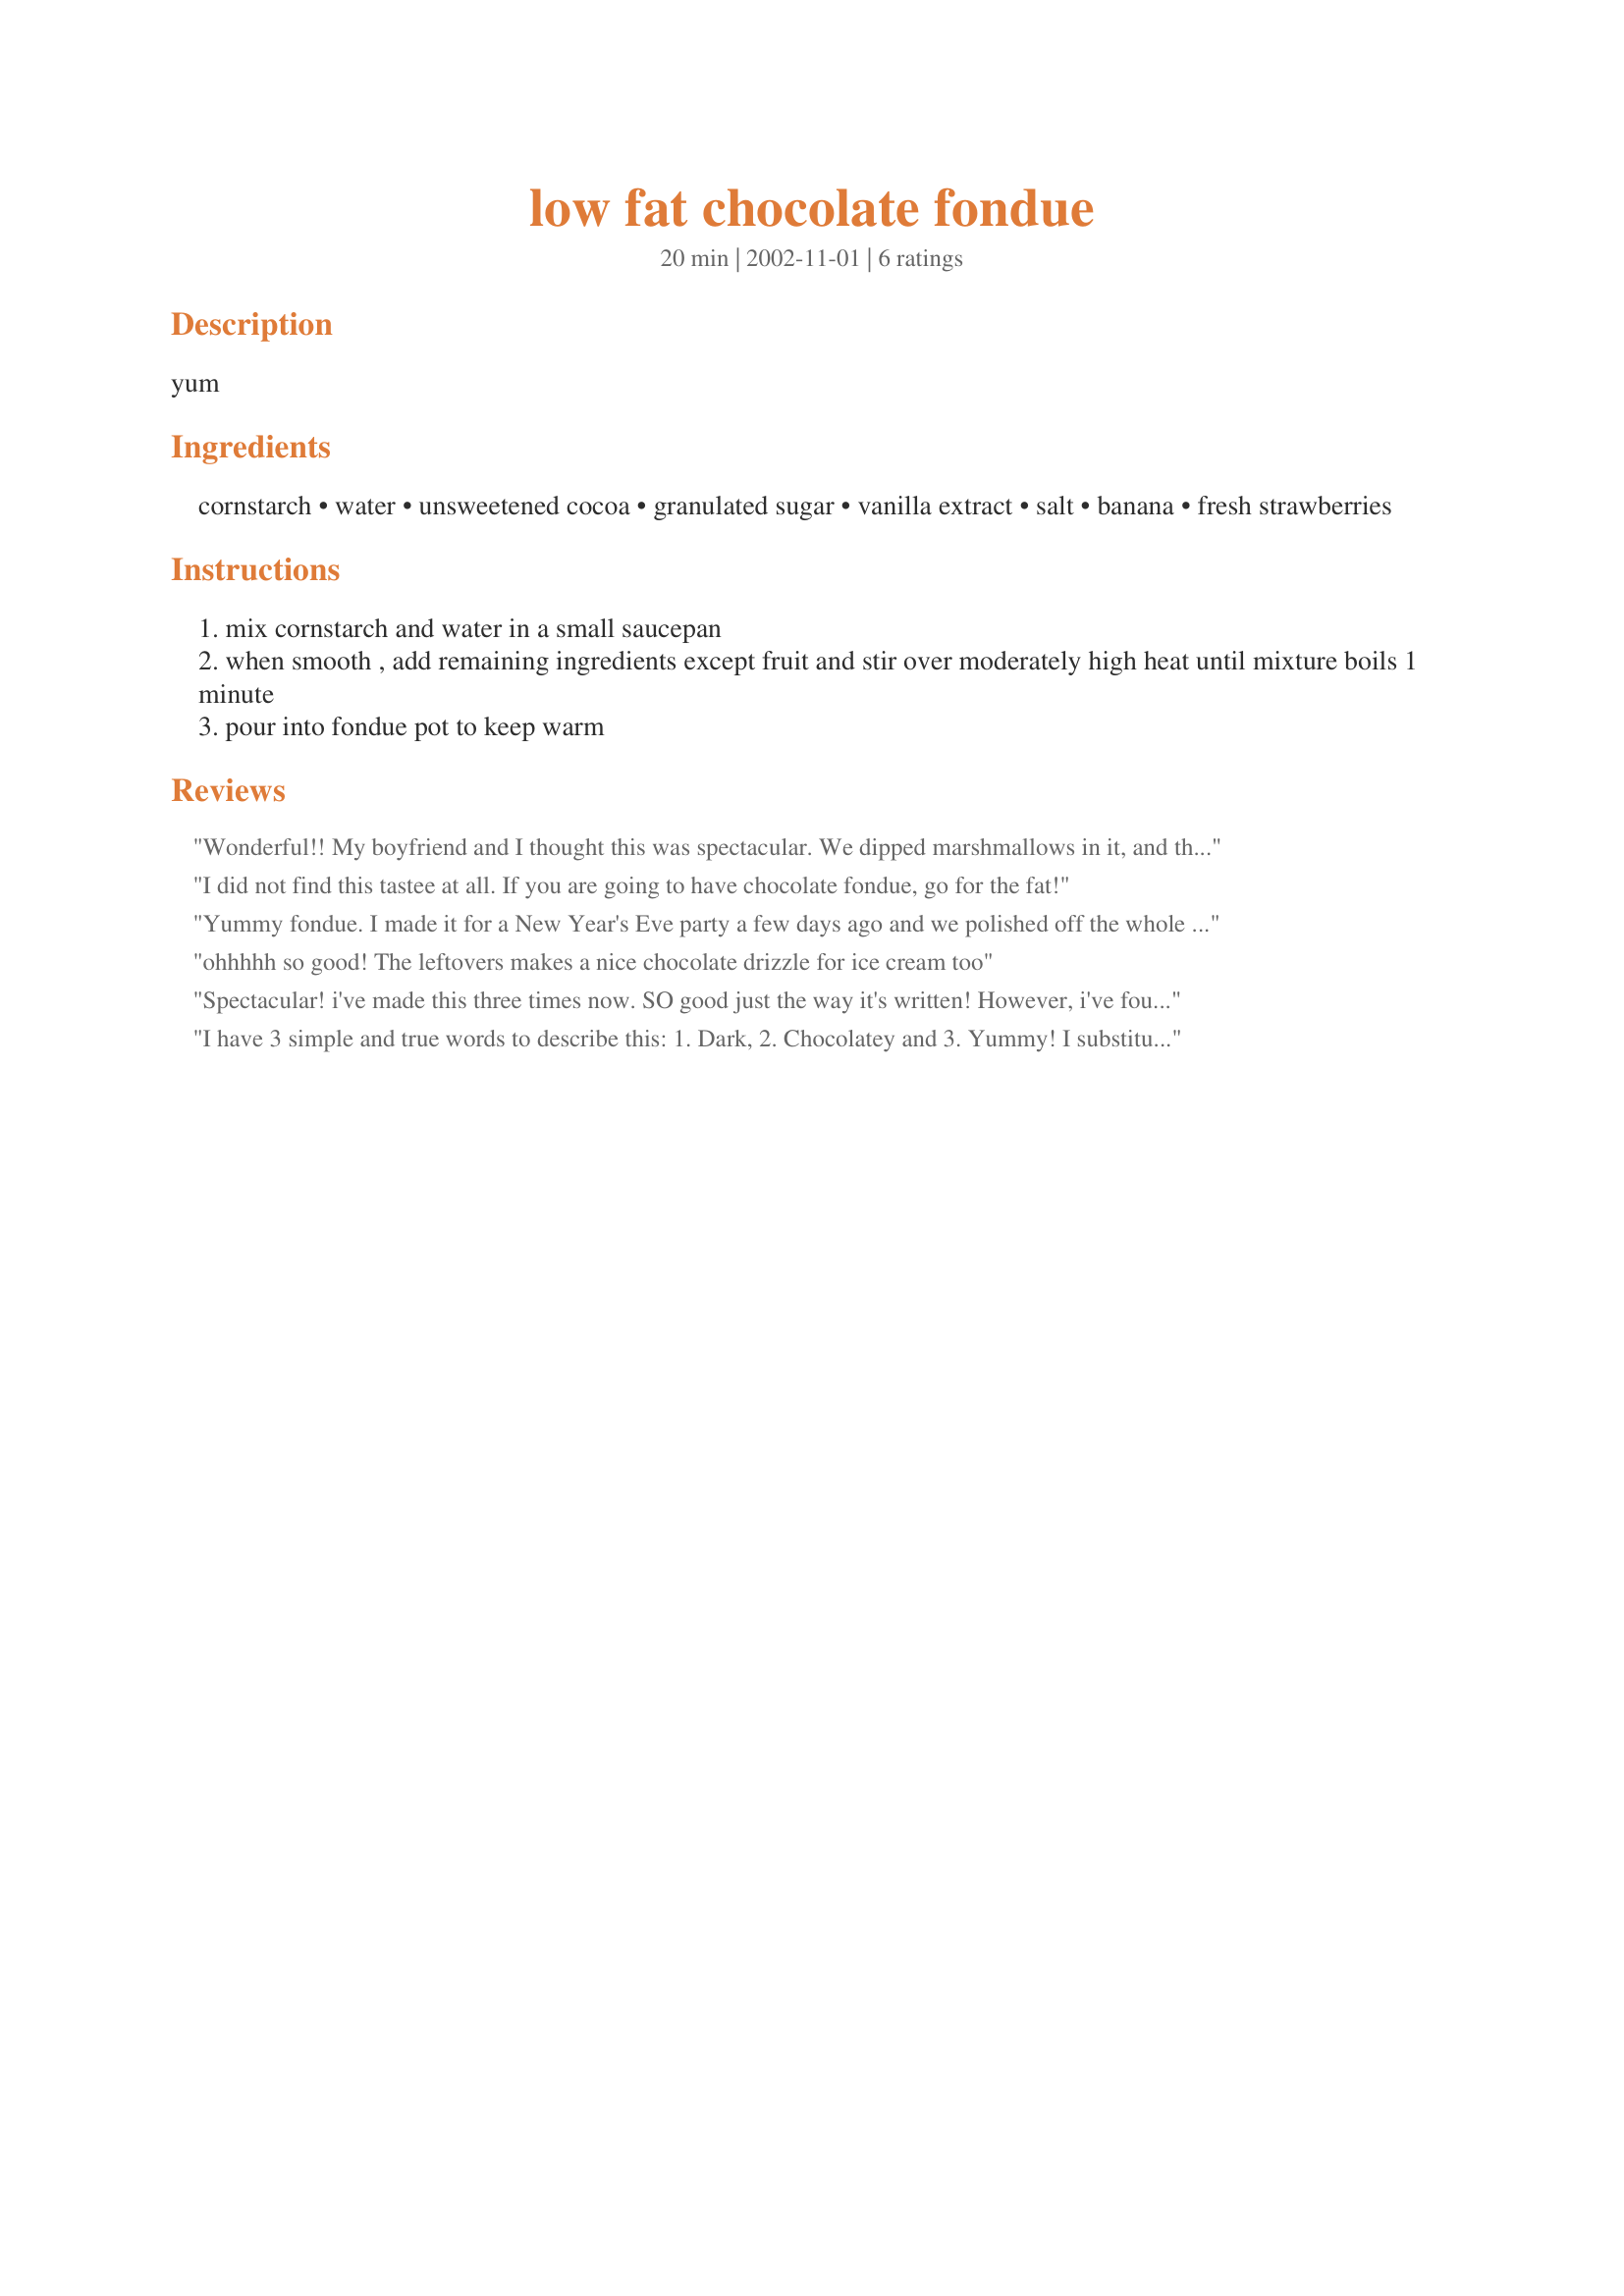
low fat chocolate fondue
Preparation time: 20 minutes

yum

Ingredients:
cornstarch, water, unsweetened cocoa, granulated sugar, vanilla extract, salt, banana, fresh strawberries

Steps:
mix cornstarch and water in a small saucepan
when smooth , add remaining ingredients except fruit and stir over moderately high heat until mixture boils 1 minute
pour into fondue pot to keep warm

Reviews:
Wonderful!! My boyfriend and I thought this was spectacular. We dipped marshmallows in it, and then made s'mores! Thanks so much for the recipe.
I did not find this tastee at all. If you are going to have chocolate fondue, go for the fat!

Yummy fondue. I made it for a New Year's Eve party a few days ago and we polished off the whole pot. I did make it with skim milk because my test run a couple of days before tasted watery, but then I subbed Splenda for the sugar to cut the calories back down. We ate it with apples, bananas, clementines and marshmallows. Really excellent recipe.
ohhhhh so good! The leftovers makes a nice chocolate drizzle for ice cream too
Spectacular! i've made this three times now. SO good just the way it's written! However, i've found that if i use 1 T. of cornstarch it thickens much more and it sticks better to whatever we're dipping. Also, if you're dipping something that's not as sweet you might want to increase the sugar by 1/4 c. or so. But, if you're dipping sweet stuff, it's perfect with 1/4 c. sugar. Thanks for the recipe paula!
I have 3 simple and true words to describe this: 
1. Dark, 2. Chocolatey and 3. Yummy!
I substituted the cornstarch with cornflour. I stirred the 6 ingredients mixture until it began to boil and thicken.
I made this for dessert this afternoon and served it with freshly cut up bananas. My brother who is real fussy about food, rolled his tongue countless times around his lips and asked for more:)
Thank You for sharing this low-fat yum yum dessert!
